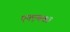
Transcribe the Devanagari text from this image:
एनएच७३